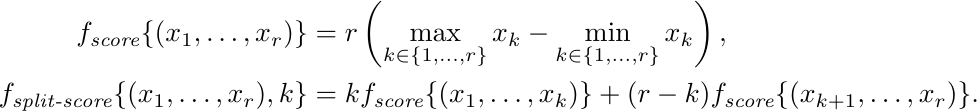
\begin{align*}
f_{\textit{score}}\{ (x_{1},\dots,x_{r})\}
& =
r \left (  \max_{k \in\{1,\dots,r\}} x_{k} - \min_{k \in\{1,\dots,r\}} x_{k}  \right),
\\
f_{\textit{split-score}} \{(x_{1},\dots,x_{r}),k\}
& =
k f_{\textit{score}}\{(x_{1},\dots,x_{k})\} +  (r-k)  f_{\textit{score}}\{(x_{k+1},\dots,x_{r})\}.
\end{align*}